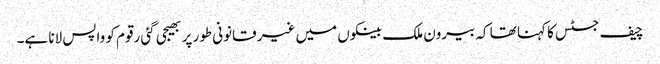
چیف جسٹس کا کہنا تھا کہ بیرون ملک بینکوں میں غیر قانونی طور پر بھیجی گئی رقوم کو واپس لانا ہے۔